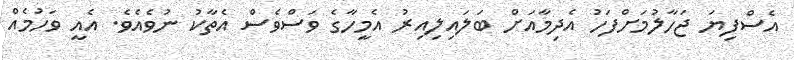
އެސްފިޔަ ޖަހާލުމަށްފަހު އެދިމާއަށް ބަލައިލިއިރު އެމީހާގެ ވަސްވެސް އެތާކު ނުވެއެވެ. އެއީ ވަހުމެއް